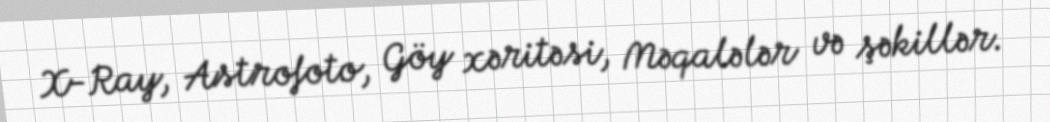
X-Ray, Astrofoto, Göy xəritəsi, Məqalələr və şəkillər.